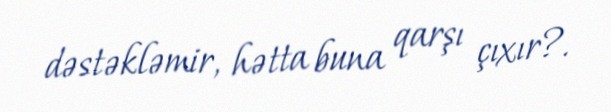
dəstəkləmir, hətta buna qarşı çıxır?.